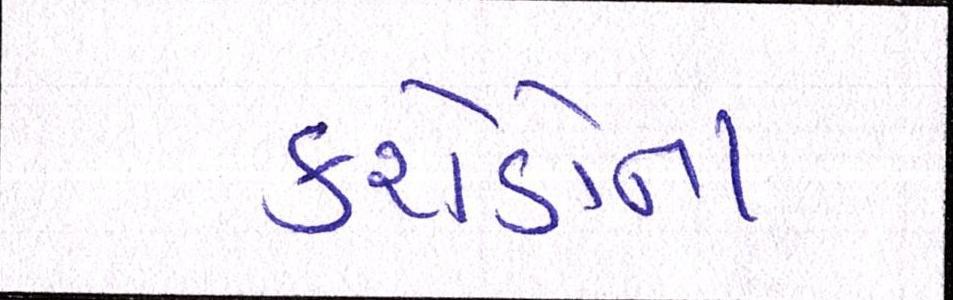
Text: કરોડોના